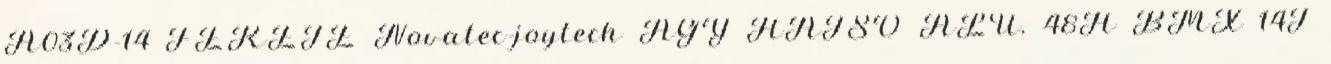
A03D-14 FEKETE Novatec-joytech AGY HÁTSÓ ALU. 48H BMX 14T